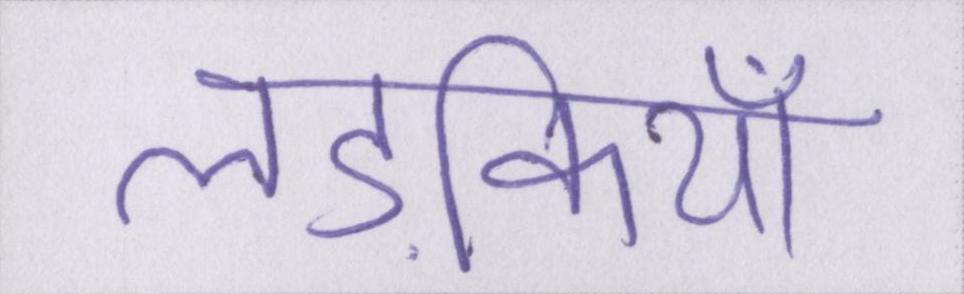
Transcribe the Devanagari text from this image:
लड़कियाँ